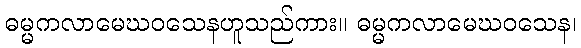
ဓမ္မကလာမေဃဝသေနဟူသည်ကား။ ဓမ္မကလာမေဃဝသေန၊